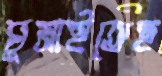
ঘুমাইতেছ